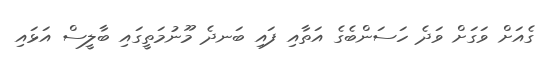
ގެއަށް ވަގަށް ވަދެ ހަސަންބެގެ އަތާއި ފައި ބަނދެ މޫނުމަތީގައި ބާލީސް އަޅައި